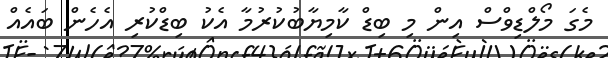
މެގަ މޯލްޑިވްސް އިން މި ބިޑް ކާމިޔާބުކުރުމާ އެކު ބިޑްކުރި އެހެން ބައެއް